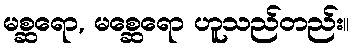
မစ္ဆရော, မစ္ဆေရော ဟူသည်တည်း။